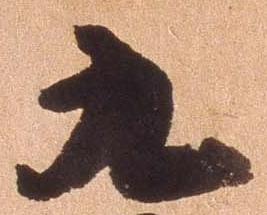
九